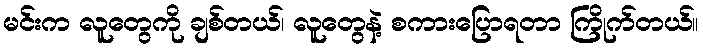
မင်းက လူတွေကို ချစ်တယ်၊ လူတွေနဲ့ စကားပြောရတာ ကြိုက်တယ်။